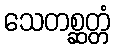
သေတစ္ဆတ္တံ